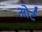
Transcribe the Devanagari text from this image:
ओर्ट